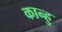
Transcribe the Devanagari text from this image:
कान्हु